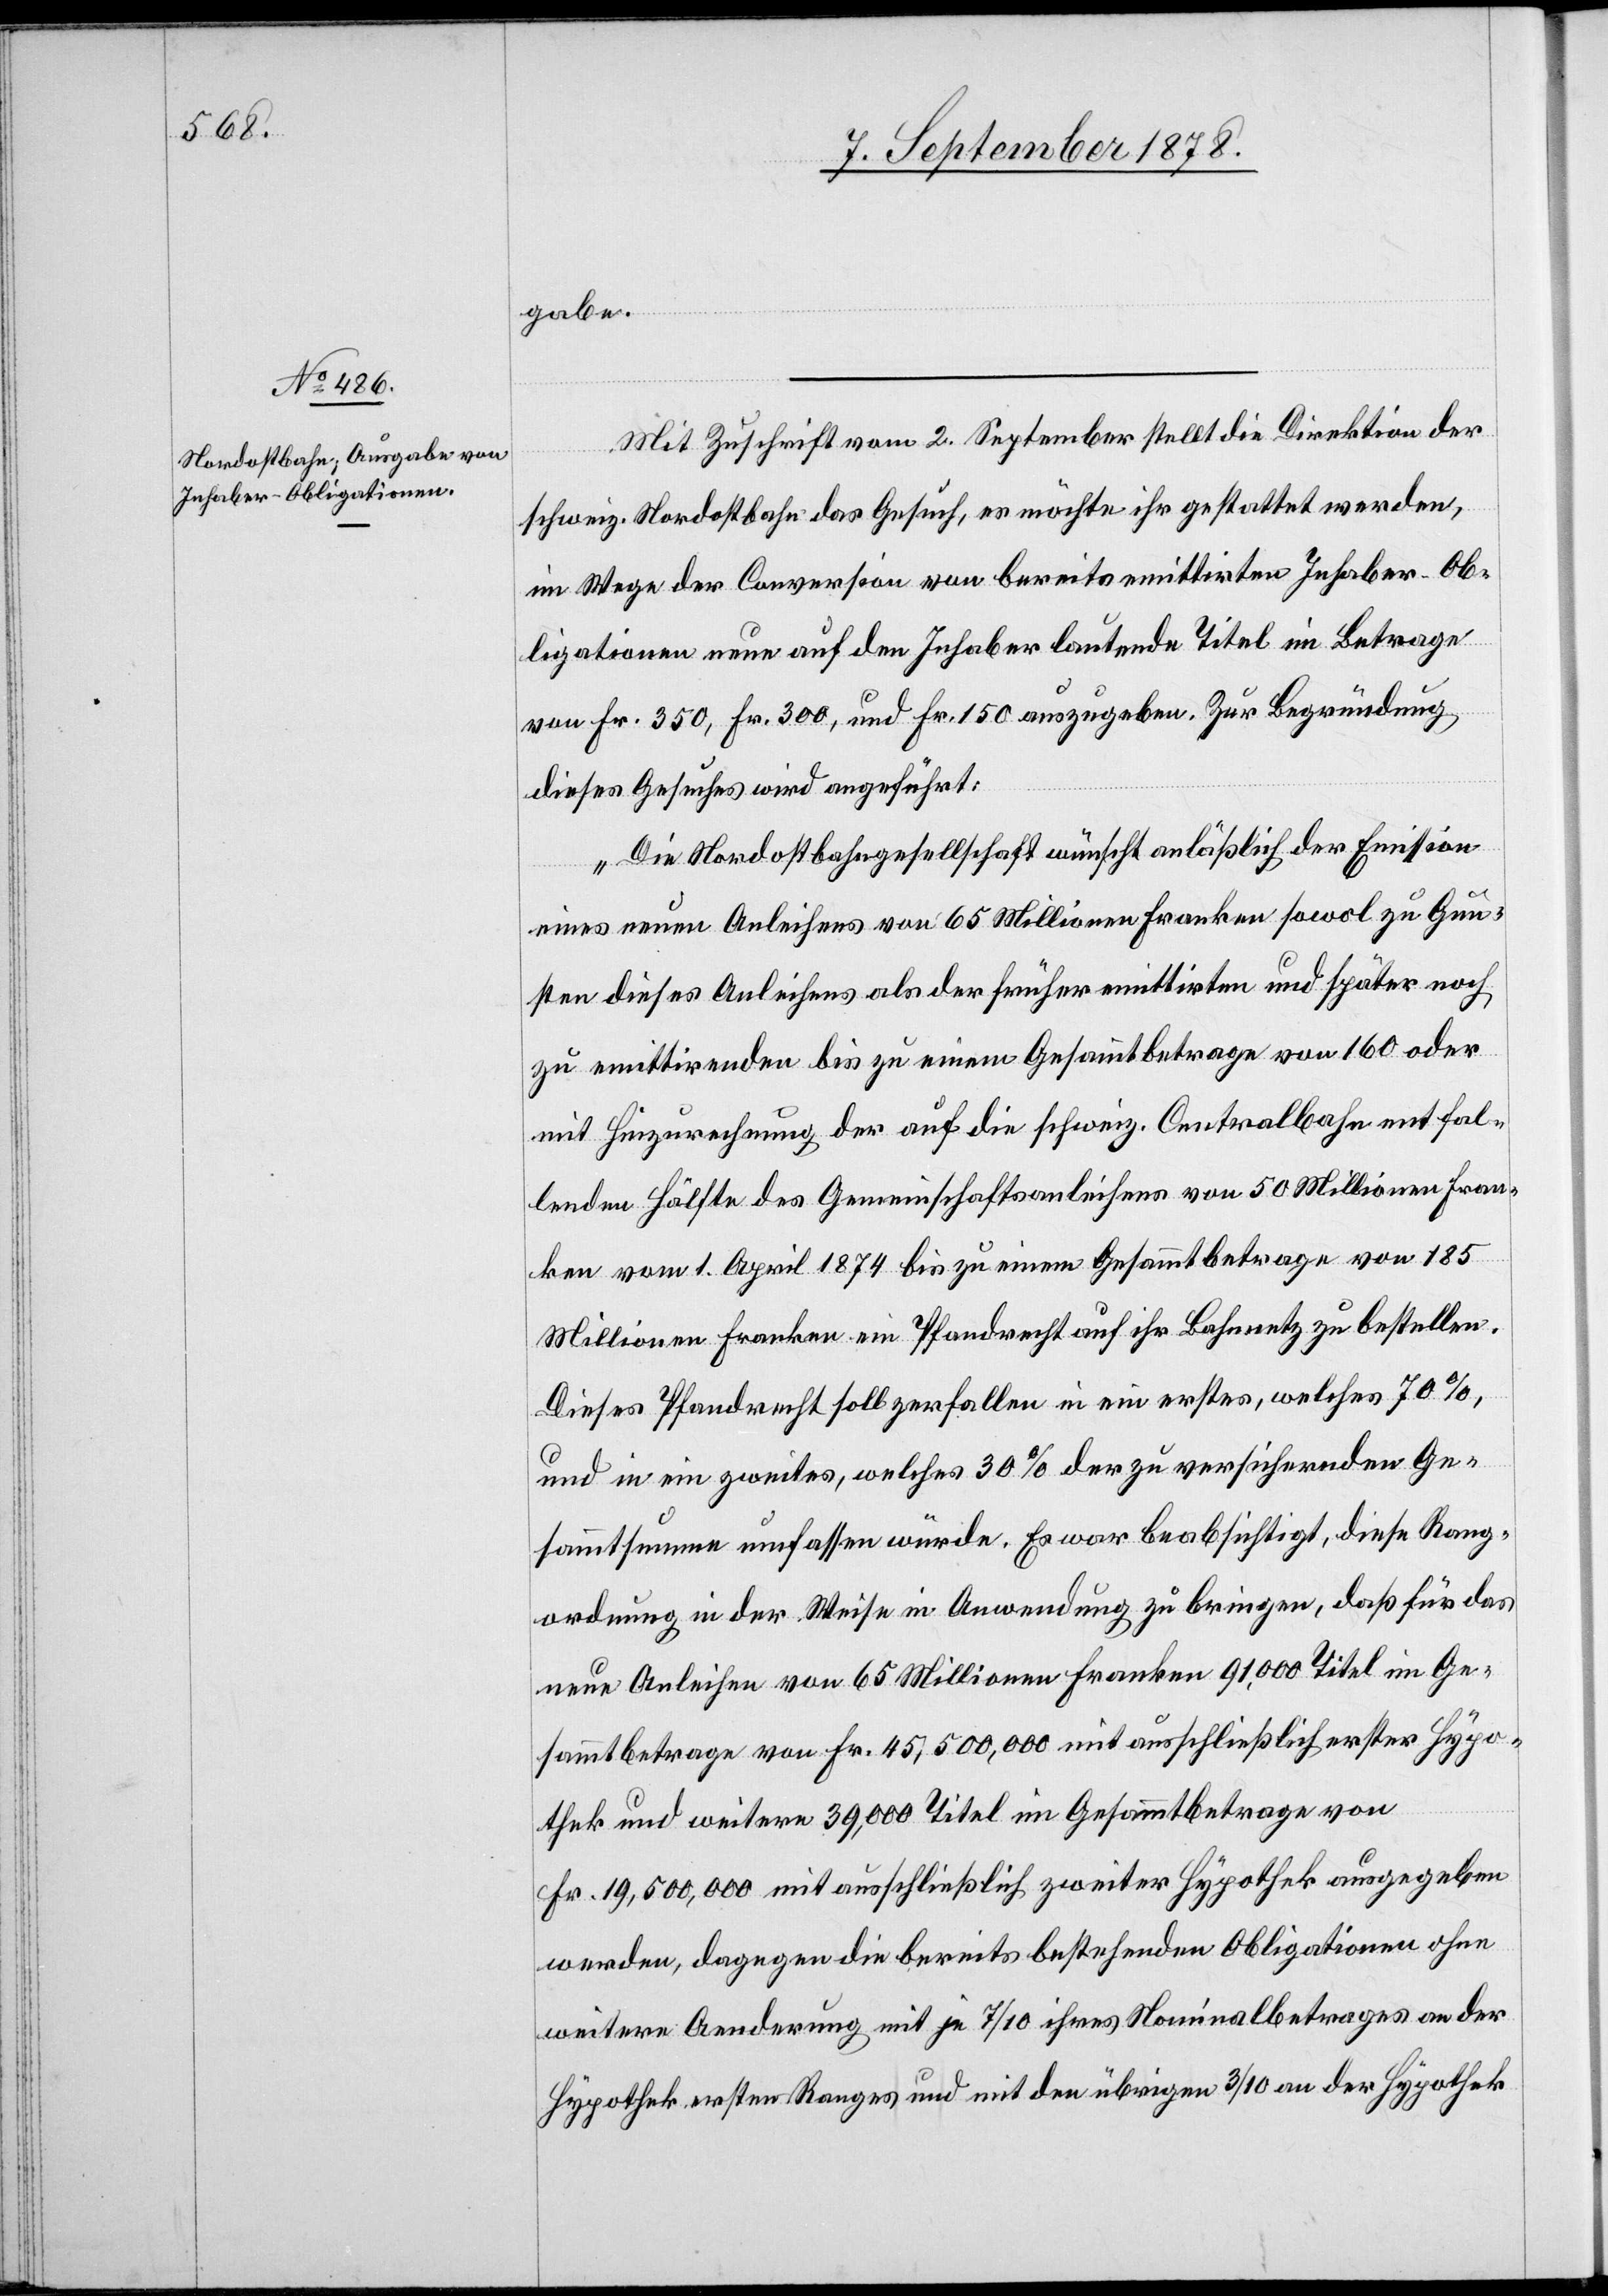
gabe.
Mit Zuschrift vom 2. September stellt die Direktion der
schweiz. Nordostbahn das Gesuch, es möchte ihr gestattet werden,
im Wege der Conversion von bereits emittirten Inhaber-Ob¬
ligationen neue auf den Inhaber lautende Titel im Betrage
von Fr. 350, Fr. 300, und Fr. 150 auszugeben. Zur Begründung
dieses Gesuches wird angeführt:
„Die Nordostbahngesellschaft wünscht anlässlich der Emission
eines neuen Anleihens von 65 Millionen Franken sowol zu Gun¬
sten dieses Anleihens als der früher emittirten und später noch
zu emittirenden bis zu einem Gesammtbetrage von 160 oder
mit Hinzurechnung der auf die schweiz. Centralbahn entfal¬
lenden Hälfte des Gemeinschaftsanleihens von 50 Millionen Franken
Dieses Pfandrecht soll zerfallen in ein erstes, welches 70%,
und in ein zweites, welches 30% der zu versichernden Ge¬
sammtsumme umfassen würde. Es war beabsichtigt, diese Rang¬
ordnung in der Weise in Anwendung zu bringen, daß für das
neue Anleihen von 65 Millionen Franken 91,000 Titel im Ge¬
sammtbetrage von Fr. 45,500,000 mit ausschließlich erster Hypo¬
thek und weitere 39,000 Titel im Gesammtbetrage von
Fr. 19,500,000 mit ausschließlich zweiter Hypothek ausgegeben
werden, dagegen die bereits bestehenden Obligationen ohne
weitere Aenderung mit je 7/10 ihres Nominalbetrages an der
Hypothek ersten Ranges und mit den übrigen 3/10 an der Hypothek